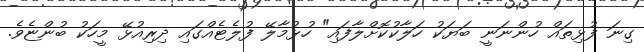
ގިނަ ފުޅިތައް ހުންނަނީ ބަޔަކު ހަލާކުކޮށްލާފައި" ހުޅުމާލޭ ފުލެޓެއްގައި ދިރިއުޅޭ މީހަކު ބުންޏެވެ.